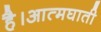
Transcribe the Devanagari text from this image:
है।आत्मघाती